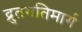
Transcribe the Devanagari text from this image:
द्रुतगतिमार्ग